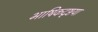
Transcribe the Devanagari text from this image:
भाषिकदृष्टया